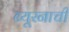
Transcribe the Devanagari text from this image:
ब्यूरनाची